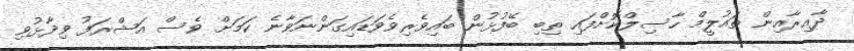
ދާއިރާއިން ތައުލީމް ހާސިލްކޮށްފައި ތިބި ބޭފުޅުން ބައިވެރިވެވަޑައިގަންނަވާނެ ކަމަށް ވެސް އަޝްރަފު ވިދާޅުވި